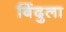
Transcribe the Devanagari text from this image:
बिंदुला